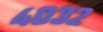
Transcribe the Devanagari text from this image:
४०३२